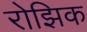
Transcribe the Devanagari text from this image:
रोझिक